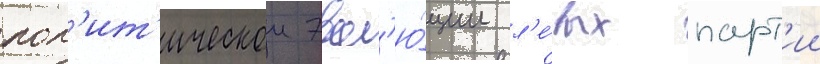
пол'ит'ическои эвол'ю́ции л'е́вых парт'ии